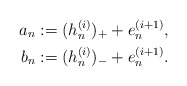
\begin{align*}a_n &:=(h_{n}^{(i)})_++e_{n}^{(i+1)},\\b_n &:=(h_{n}^{(i)})_-+e_{n}^{(i+1)}. \end{align*}